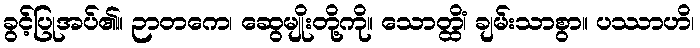
ခွင့်ပြုအပ်၏။ ဉာတကေ၊ ဆွေမျိုးတို့ကို။ သောတ္ထိံ၊ ချမ်းသာစွာ။ ပဿာဟိ၊